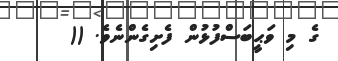
ގެ މި ވަޙީބަސްފުޅުން ފެށިގެންނެވެ. ((